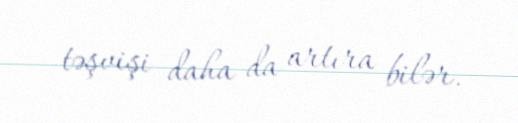
təşvişi daha da artıra bilər.